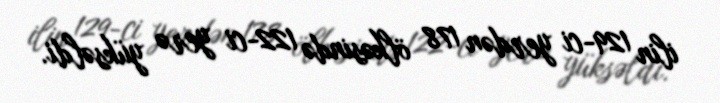
ilin 129-ci yerdən 178 ölkəsində 122-ci yerə yüksəldi.